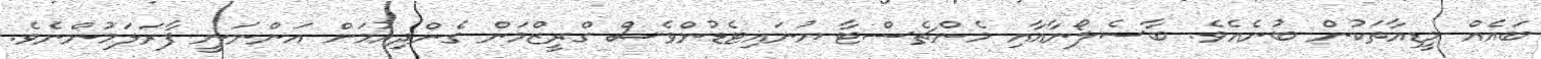
ބައެއް މީޑިއާތަކުން ބުނެއެވެ. ބާސެލޯނާއާއި މެންޗެސްޓާ ޔުނައިޓެޑުންވެސް ގްރީޒްމަން ގެންދިއުމަށް އަންނަނީ ފާރަލަމުންނެވެ.